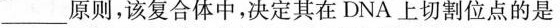
___原则，该复合体中，决定其在DNA上切割位点的是